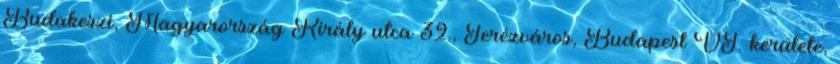
Budakeszi, Magyarország Király utca 32., Terézváros, Budapest VI. kerülete,